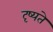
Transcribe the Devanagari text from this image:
दृष्यते